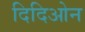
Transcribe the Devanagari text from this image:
दिदिओन